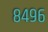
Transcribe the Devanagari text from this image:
८४९६